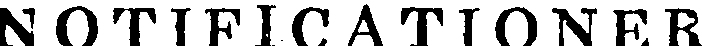
NOTIFICATIONER